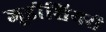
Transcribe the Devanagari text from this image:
जूडीशियरी